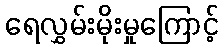
ရေလွှမ်းမိုးမှုကြောင့်